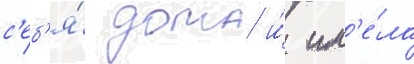
с'еб'я́ дома и́ им'е́ла